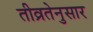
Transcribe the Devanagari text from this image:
तीव्रतेनुसार